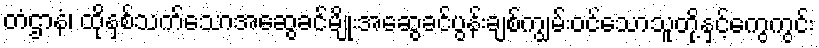
တံဌာနံ၊ ထိုနှစ်သက်သောအဆွေခင်မျိုးအဆွေခင်ပွန်းချစ်ကျွမ်းဝင်သောသူတို့နှင့်ကွေကွင်း